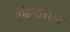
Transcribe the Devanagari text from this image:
रीज्गाराचा